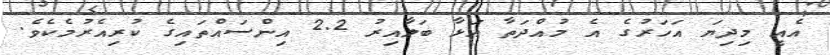
އެއީ މިދިޔަ އަހަރުގެ އެ މުއްދަތާ އަޅާ ބަލާއިރު 2.2 އިންސައްތައިގެ ކުރިއެރުމެކެވެ.